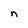
Character: n